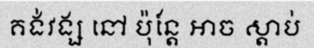
គង់វង្ស នៅ ប៉ុន្តែ អាច ស្តាប់